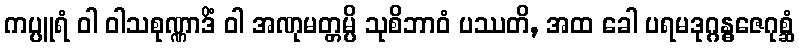
ကပ္ပူရံ ဝါ ဝါသစုဏ္ဏာဒိံ ဝါ အဏုမတ္တမ္ပိ သုစိဘာဝံ ပဿတိ, အထ ခေါ ပရမဒုဂ္ဂန္ဓဇေဂုစ္ဆံ